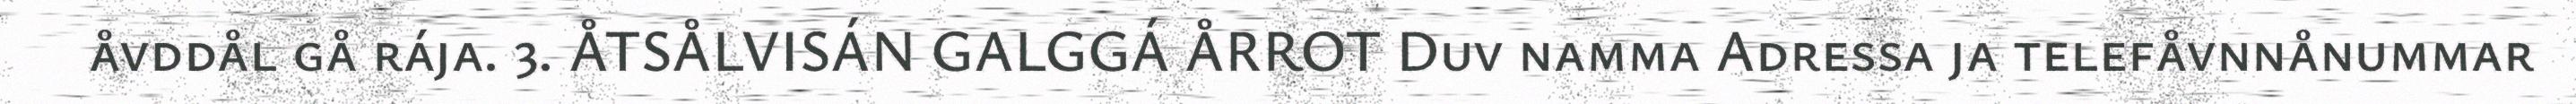
åvddål gå rája. 3. ÅTSÅLVISÁN GALGGÁ ÅRROT Duv namma Adressa ja telefåvnnånummar